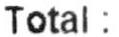
TOTAL :